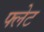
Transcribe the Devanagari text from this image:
फ्लेट